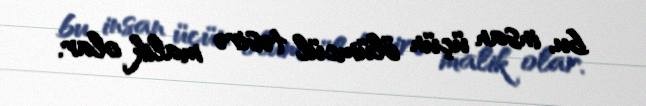
bu, insan üçün ölümcül təsirə malik olar.